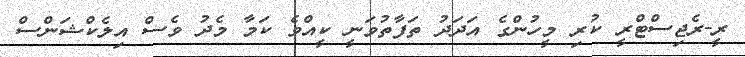
ރީ-ރެޖިސްޓްރީ ކުރި މީހުންގެ އަދަދު ތަފާތުވަނީ ކީއްވެ ކަމާ މެދު ވެސް އިލެކްޝަންސް